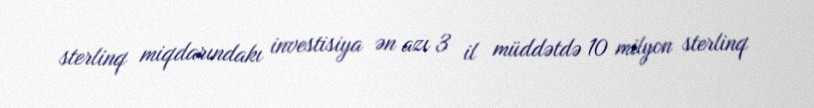
sterlinq miqdarındakı investisiya ən azı 3 il müddətdə 10 milyon sterlinq